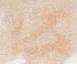
公